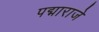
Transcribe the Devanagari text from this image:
पद्माराजे